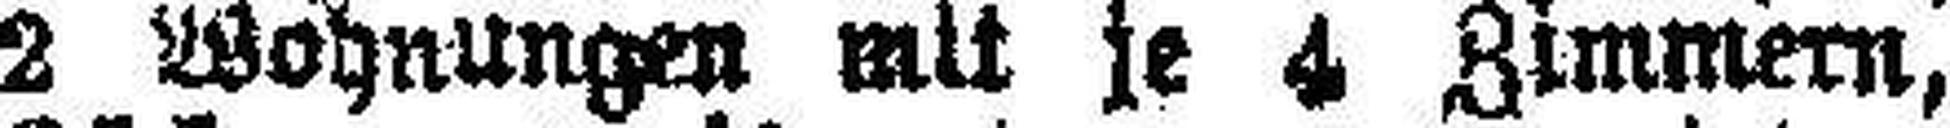
2 Wohnungen mit je 4 Zimmern,